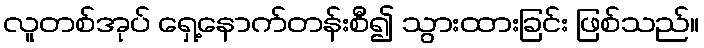
လူတစ်အုပ် ရှေ့နောက်တန်းစီ၍ သွားထားခြင်း ဖြစ်သည်။